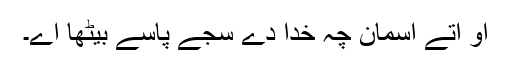
اُو اُتے آسمان چہ خُدا دے سجے پاسے بیٹھا اے۔